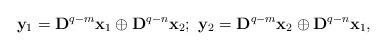
LaTeX: \begin{align*}\mathbf{y}_{1} = \mathbf{D}^{q-m}\mathbf{x}_{1} \oplus \mathbf{D}^{q-n}\mathbf{x}_{2}; \ \mathbf{y}_{2} = \mathbf{D}^{q-m}\mathbf{x}_{2} \oplus \mathbf{D}^{q-n}\mathbf{x}_{1}, \end{align*}